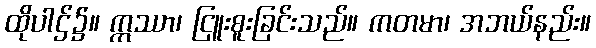
ထိုပါဌ်၌။ ဣဿာ၊ ငြူးစူးခြင်းသည်။ ကတမာ၊ အဘယ်နည်း။